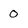
Character: 0